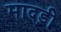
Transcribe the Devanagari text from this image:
मादड़ी